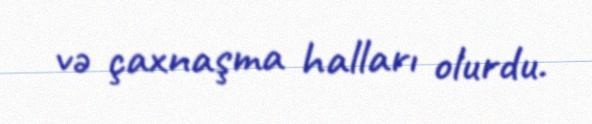
və çaxnaşma halları olurdu.